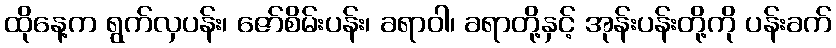
ထိုနေ့က ရွက်လှပန်း၊ ဇော်စိမ်းပန်း၊ ခရာဝါ၊ ခရာတို့နှင့် အုန်းပန်းတို့ကို ပန်းခက်